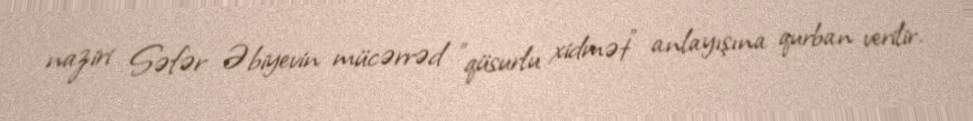
naziri Səfər Əbiyevin mücərrəd ”qüsurlu xidmət" anlayışına qurban verilir.